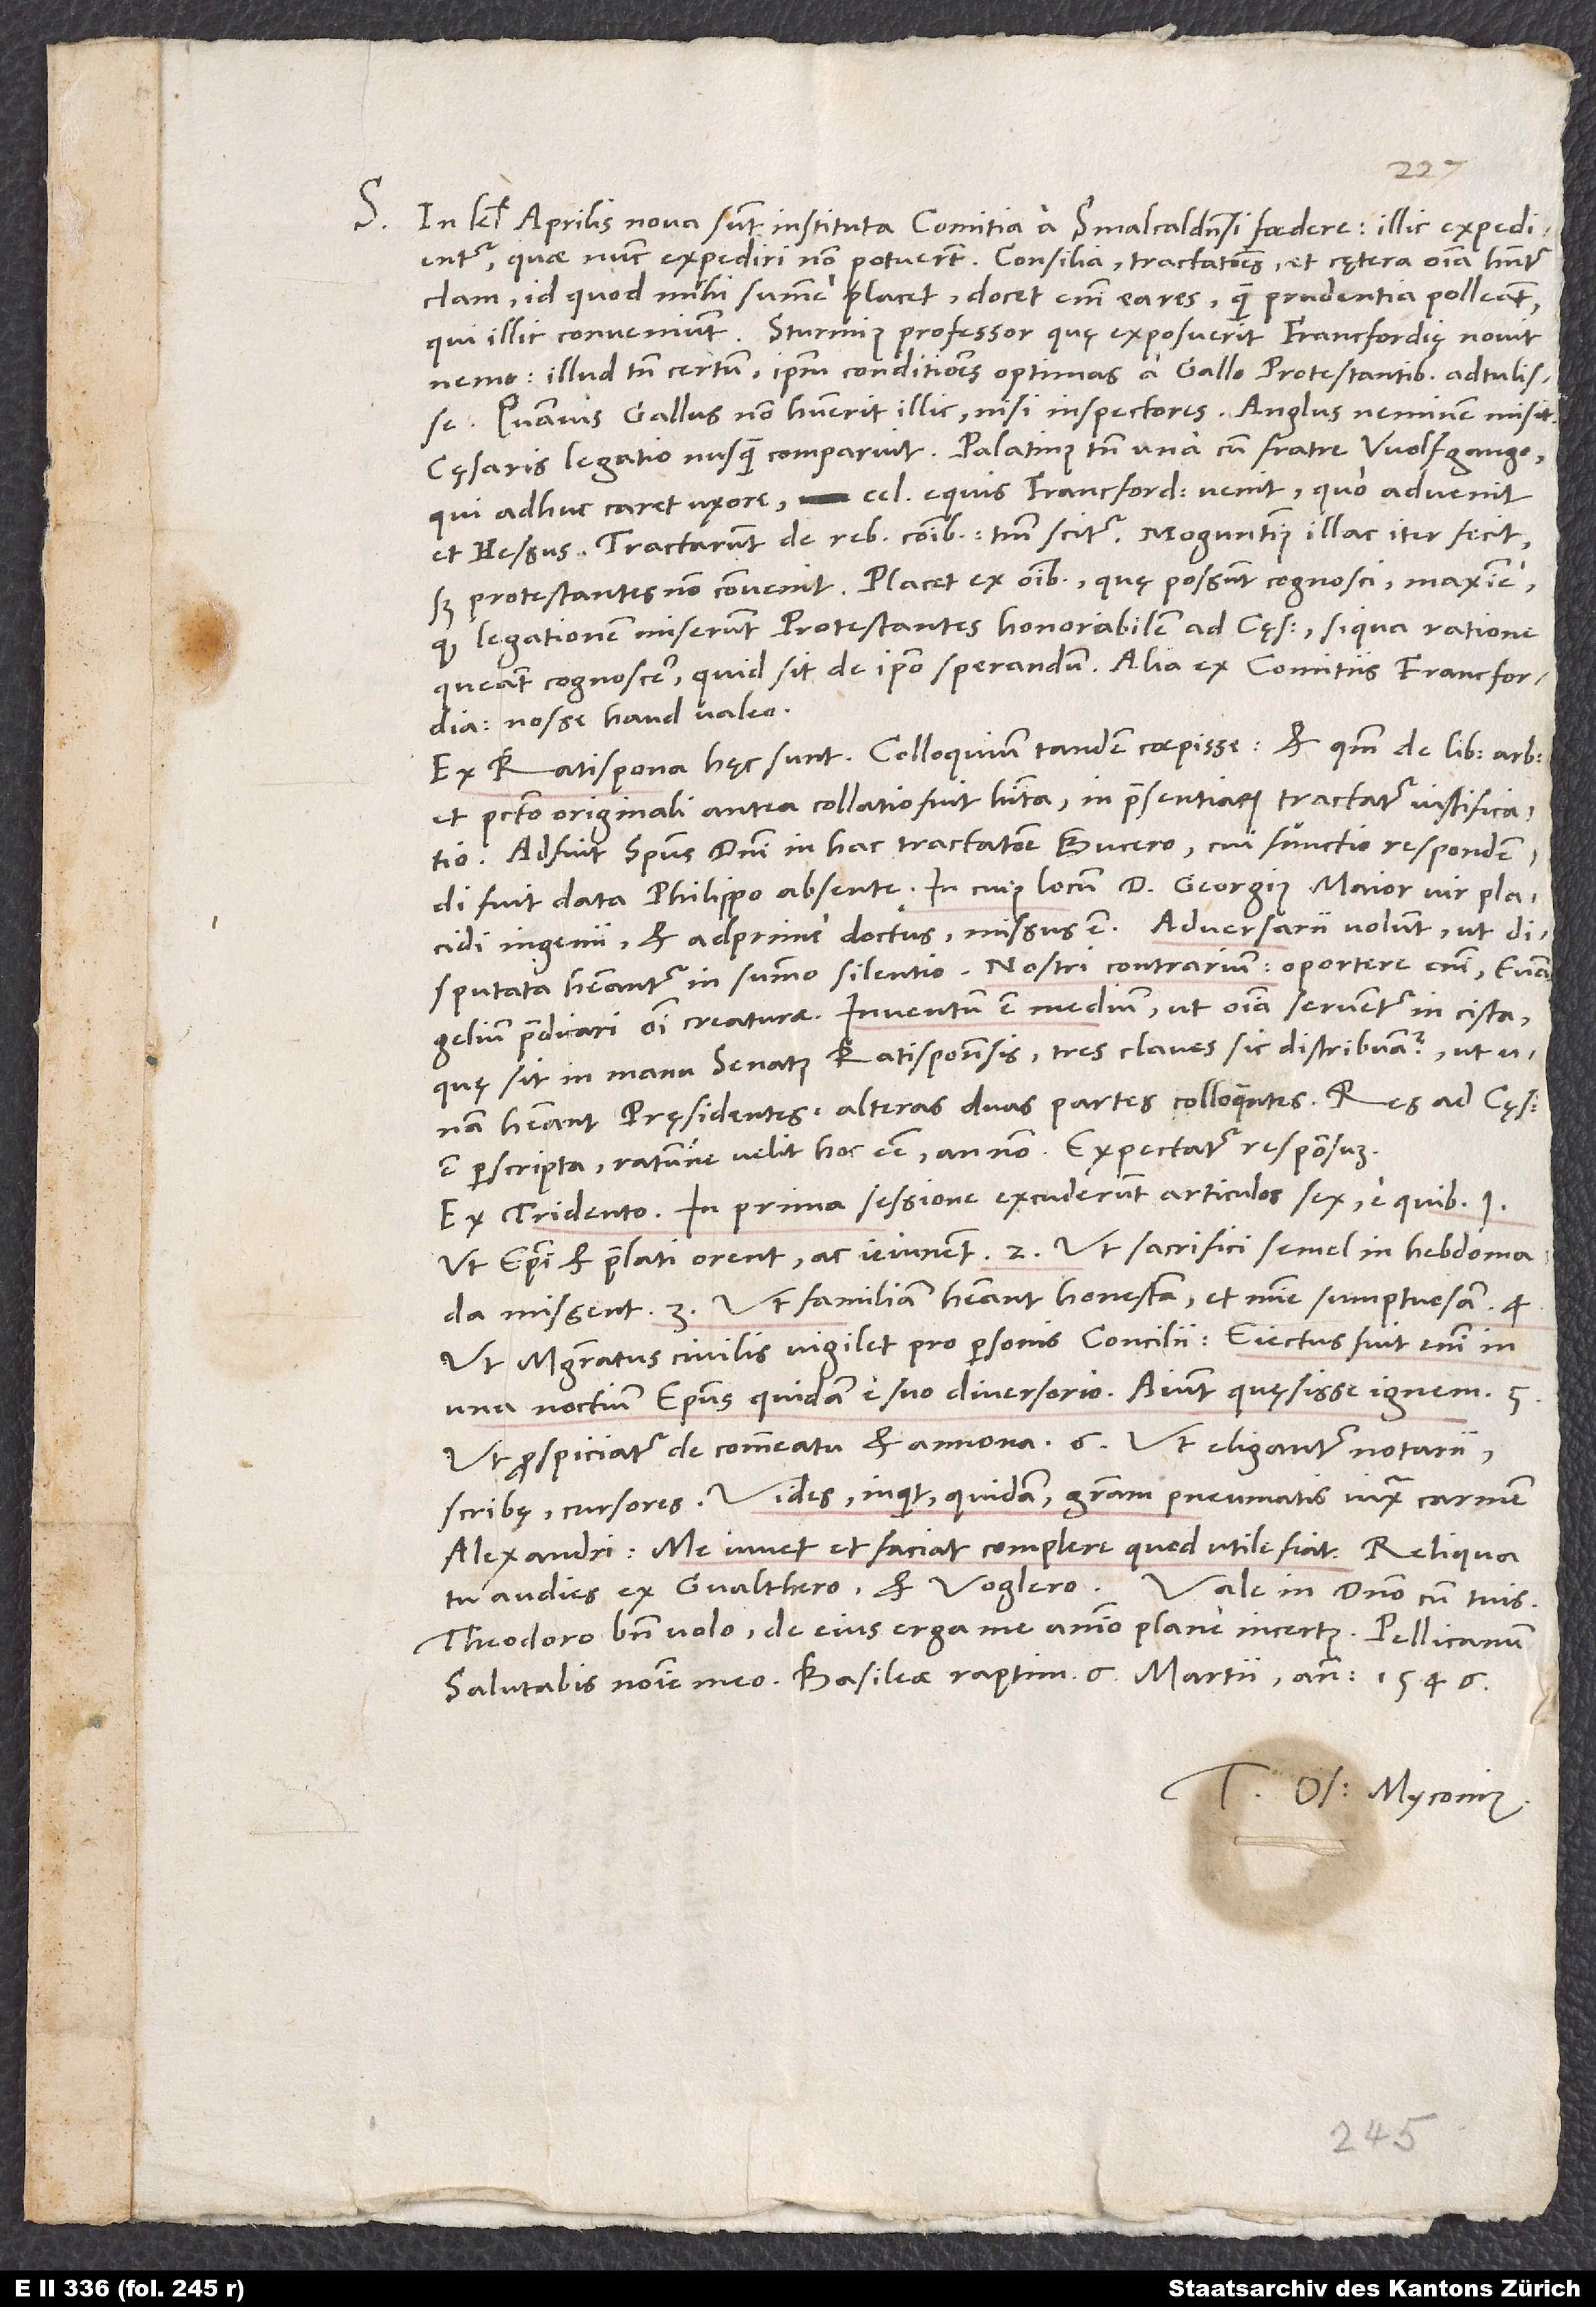
quae nunc expediri non potuerunt. Consilia, tractationes et cętera omnia habentur
clam, id quod mihi summe placet; docet enim ea res, quam prudentia polleant,
qui illic conveniunt. Sturmius professor quę exposuerit Francfordię, novit
nemo. Illud tamen certum, ipsum conditiones optimas a Gallo protestantibus adtulisse,
quamvis Gallus non habuerit illic nisi inspectores. Anglus neminem misit.
Cęsaris legatio nusquam comparuit. Palatinus tamen una cum fratre Wolfgango,
qui adhuc caret uxore, celeribus equis Francfordiam venit, quo advenit
et Hessus. Tractarunt de rebus communibus; tantum scitur. Moguntinus illac iter fecit,
sed protestantes non convenit. Placet ex omnibus, quę possunt cognosci, maxime,
quod legationem miserunt protestantes honorabilem ad cęsarem, si qua ratione
queant cognoscere, quid sit de ipso sperandum. Alia ex comitiis Francfordianis
nosse haud valeo.
Ex Ratispona hęc sunt. Colloquium tandem coepisse, et quoniam de libero arbitrio
et peccato originali antea collatio fuit habita, in praesentiarum tractatur iustificatio.
Adfuit spiritus domini in hac tractatione Bucero, cui functio respondendi
fuit data Philippo absente (in cuius locum d. Georgius Maior, vir placidi
ingenii et adprime doctus, missus est). Adversarii volunt, ut
disputata habeantur in summo silentio; nostri contrarium: Oportere enim evangelium
praedicari omni creaturae. Inventum est medium, ut omnia serventur in cista,
unam habeant pręsidentes, alteras duas partes colloquentes. Res ad cęsarem
est perscripta, ratumne velit hoc esse annon. Expectatur responsum.
Ex Tridento. In prima sessione excuderunt articulos sex, e quibus:
Ut episcopi et praelati orent ac ieiunent. 2. Ut sacrifici semel in hebdomada
missent. 3. Ut familiam habeant honestam et minime sumptuosam. 4.
Ut magistratus civilis vigilet pro personis concilii; eiectus fuit enim in
una noctium episcopus e suo diversorio; aiunt quęsisse ignem. 5.
Ut prospiciatur de commeatu et annona. 6. Ut eligantur notarii,
scribę, cursores. Vides, inquit quidam, „gratiam pneumatis“ iuxta carmen
Alexandri: „Me iuvet et faciat complere, quod utile fiat.“ Reliqua
Theodoro bene volo; de eius erga me animo plane incertus. Pellicanum
Tuus Os. Myconius.
1546.